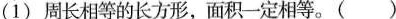
(1)周长相等的长方形，面积一定相等。（）